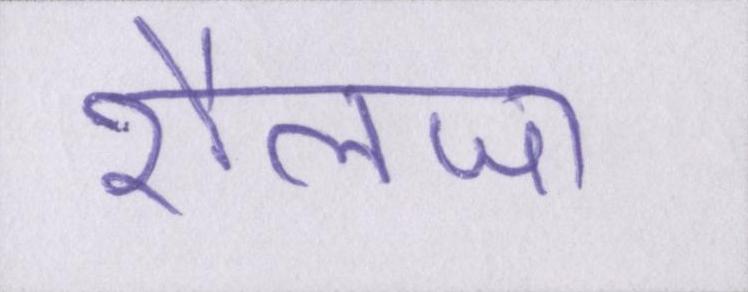
शैलजा